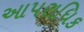
આપરાધિક